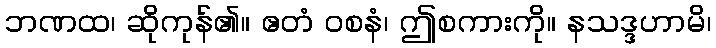
ဘဏထ၊ ဆိုကုန်၏။ ဧတံ ဝစနံ၊ ဤစကားကို။ နသဒ္ဒဟာမိ၊